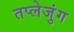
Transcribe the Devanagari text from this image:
तप्लेजुंग